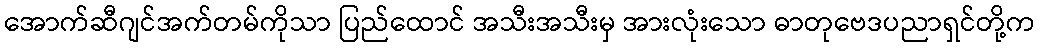
အောက်ဆီဂျင်အက်တမ်ကိုသာ ပြည်ထောင် အသီးအသီးမှ အားလုံးသော ဓာတုဗေဒပညာရှင်တို့က